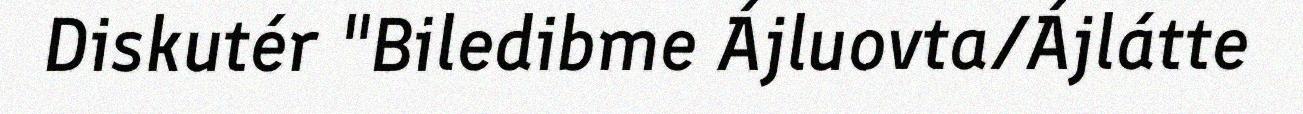
Diskutér "Biledibme Ájluovta/Ájlátte